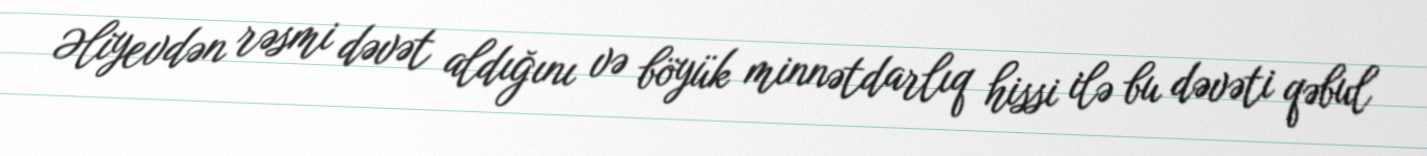
Əliyevdən rəsmi dəvət aldığını və böyük minnətdarlıq hissi ilə bu dəvəti qəbul